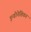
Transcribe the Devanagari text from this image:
इन्डोनेशियन